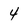
Character: 4